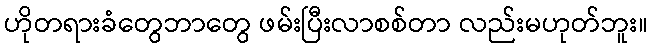
ဟိုတရားခံတွေဘာတွေ ဖမ်းပြီးလာစစ်တာ လည်းမဟုတ်ဘူး။